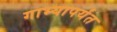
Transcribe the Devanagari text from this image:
गाभ्यापर्यंत